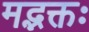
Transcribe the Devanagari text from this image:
मद्भक्तः